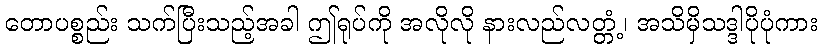
တောပစ္စည်း သက်ပြီးသည့်အခါ ဤရုပ်ကို အလိုလို နားလည်လတ္တံ့၊ အသိမှိသဒ္ဒါပိုပုံကား